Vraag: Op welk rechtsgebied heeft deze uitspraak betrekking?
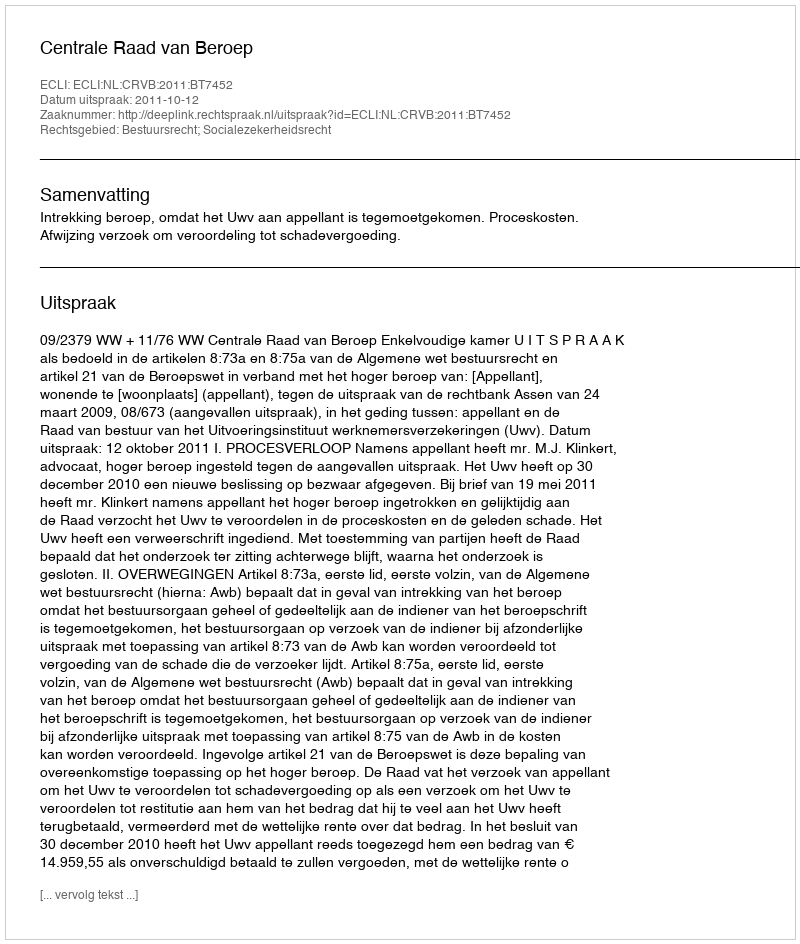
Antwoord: Bestuursrecht; Socialezekerheidsrecht